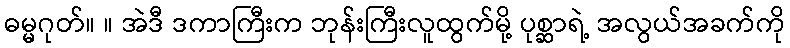
ဓမ္မဂုတ်။ ။ အဲဒီ ဒကာကြီးက ဘုန်းကြီးလူထွက်မို့ ပုစ္ဆာရဲ့ အလွယ်အခက်ကို